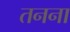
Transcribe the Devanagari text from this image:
तनना